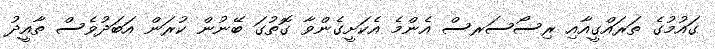
ގައުމުގެ ތަރައްގީއާއި ރިސޯސަރސް އެންމެ އެކަށީގެންވާ ގޮތުގަ ބޭނުން ކުރަން އަބަދުވެސް ތާއީދު